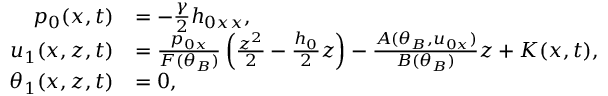
\begin{array} { r l } { p _ { 0 } ( x , t ) } & { = - \frac { \gamma } { 2 } h _ { 0 x x } , } \\ { u _ { 1 } ( x , z , t ) } & { = \frac { p _ { 0 x } } { F ( \theta _ { B } ) } \left( \frac { z ^ { 2 } } { 2 } - \frac { h _ { 0 } } { 2 } z \right) - \frac { A ( \theta _ { B } , u _ { 0 x } ) } { B ( \theta _ { B } ) } z + K ( x , t ) , } \\ { \theta _ { 1 } ( x , z , t ) } & { = 0 , } \end{array}